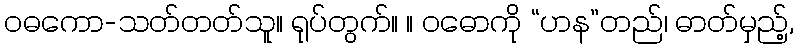
ဝဓကော-သတ်တတ်သူ။ ရုပ်တွက်။ ။ ဝဓောကို “ဟန”တည်၊ ဓာတ်မှည့်,